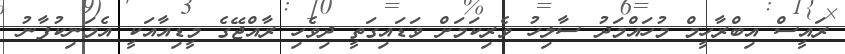
ރައީސް އިބްރާހީމް މުހައްމަދު ސާލިހު ވެރިކަމަށް ވަޑައިގަތީ ދިވެހި ރާއްޖޭގެ މީޑިއާއަކީ އެމަނިކުފާނު